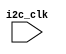
module i2c_controller (
  input wire i2c_clk,
  
  // Other input/output signals
  
);

  // Verilog code for timing control and synchronization blocks
  
endmodule